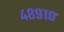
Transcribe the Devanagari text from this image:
४८९१०